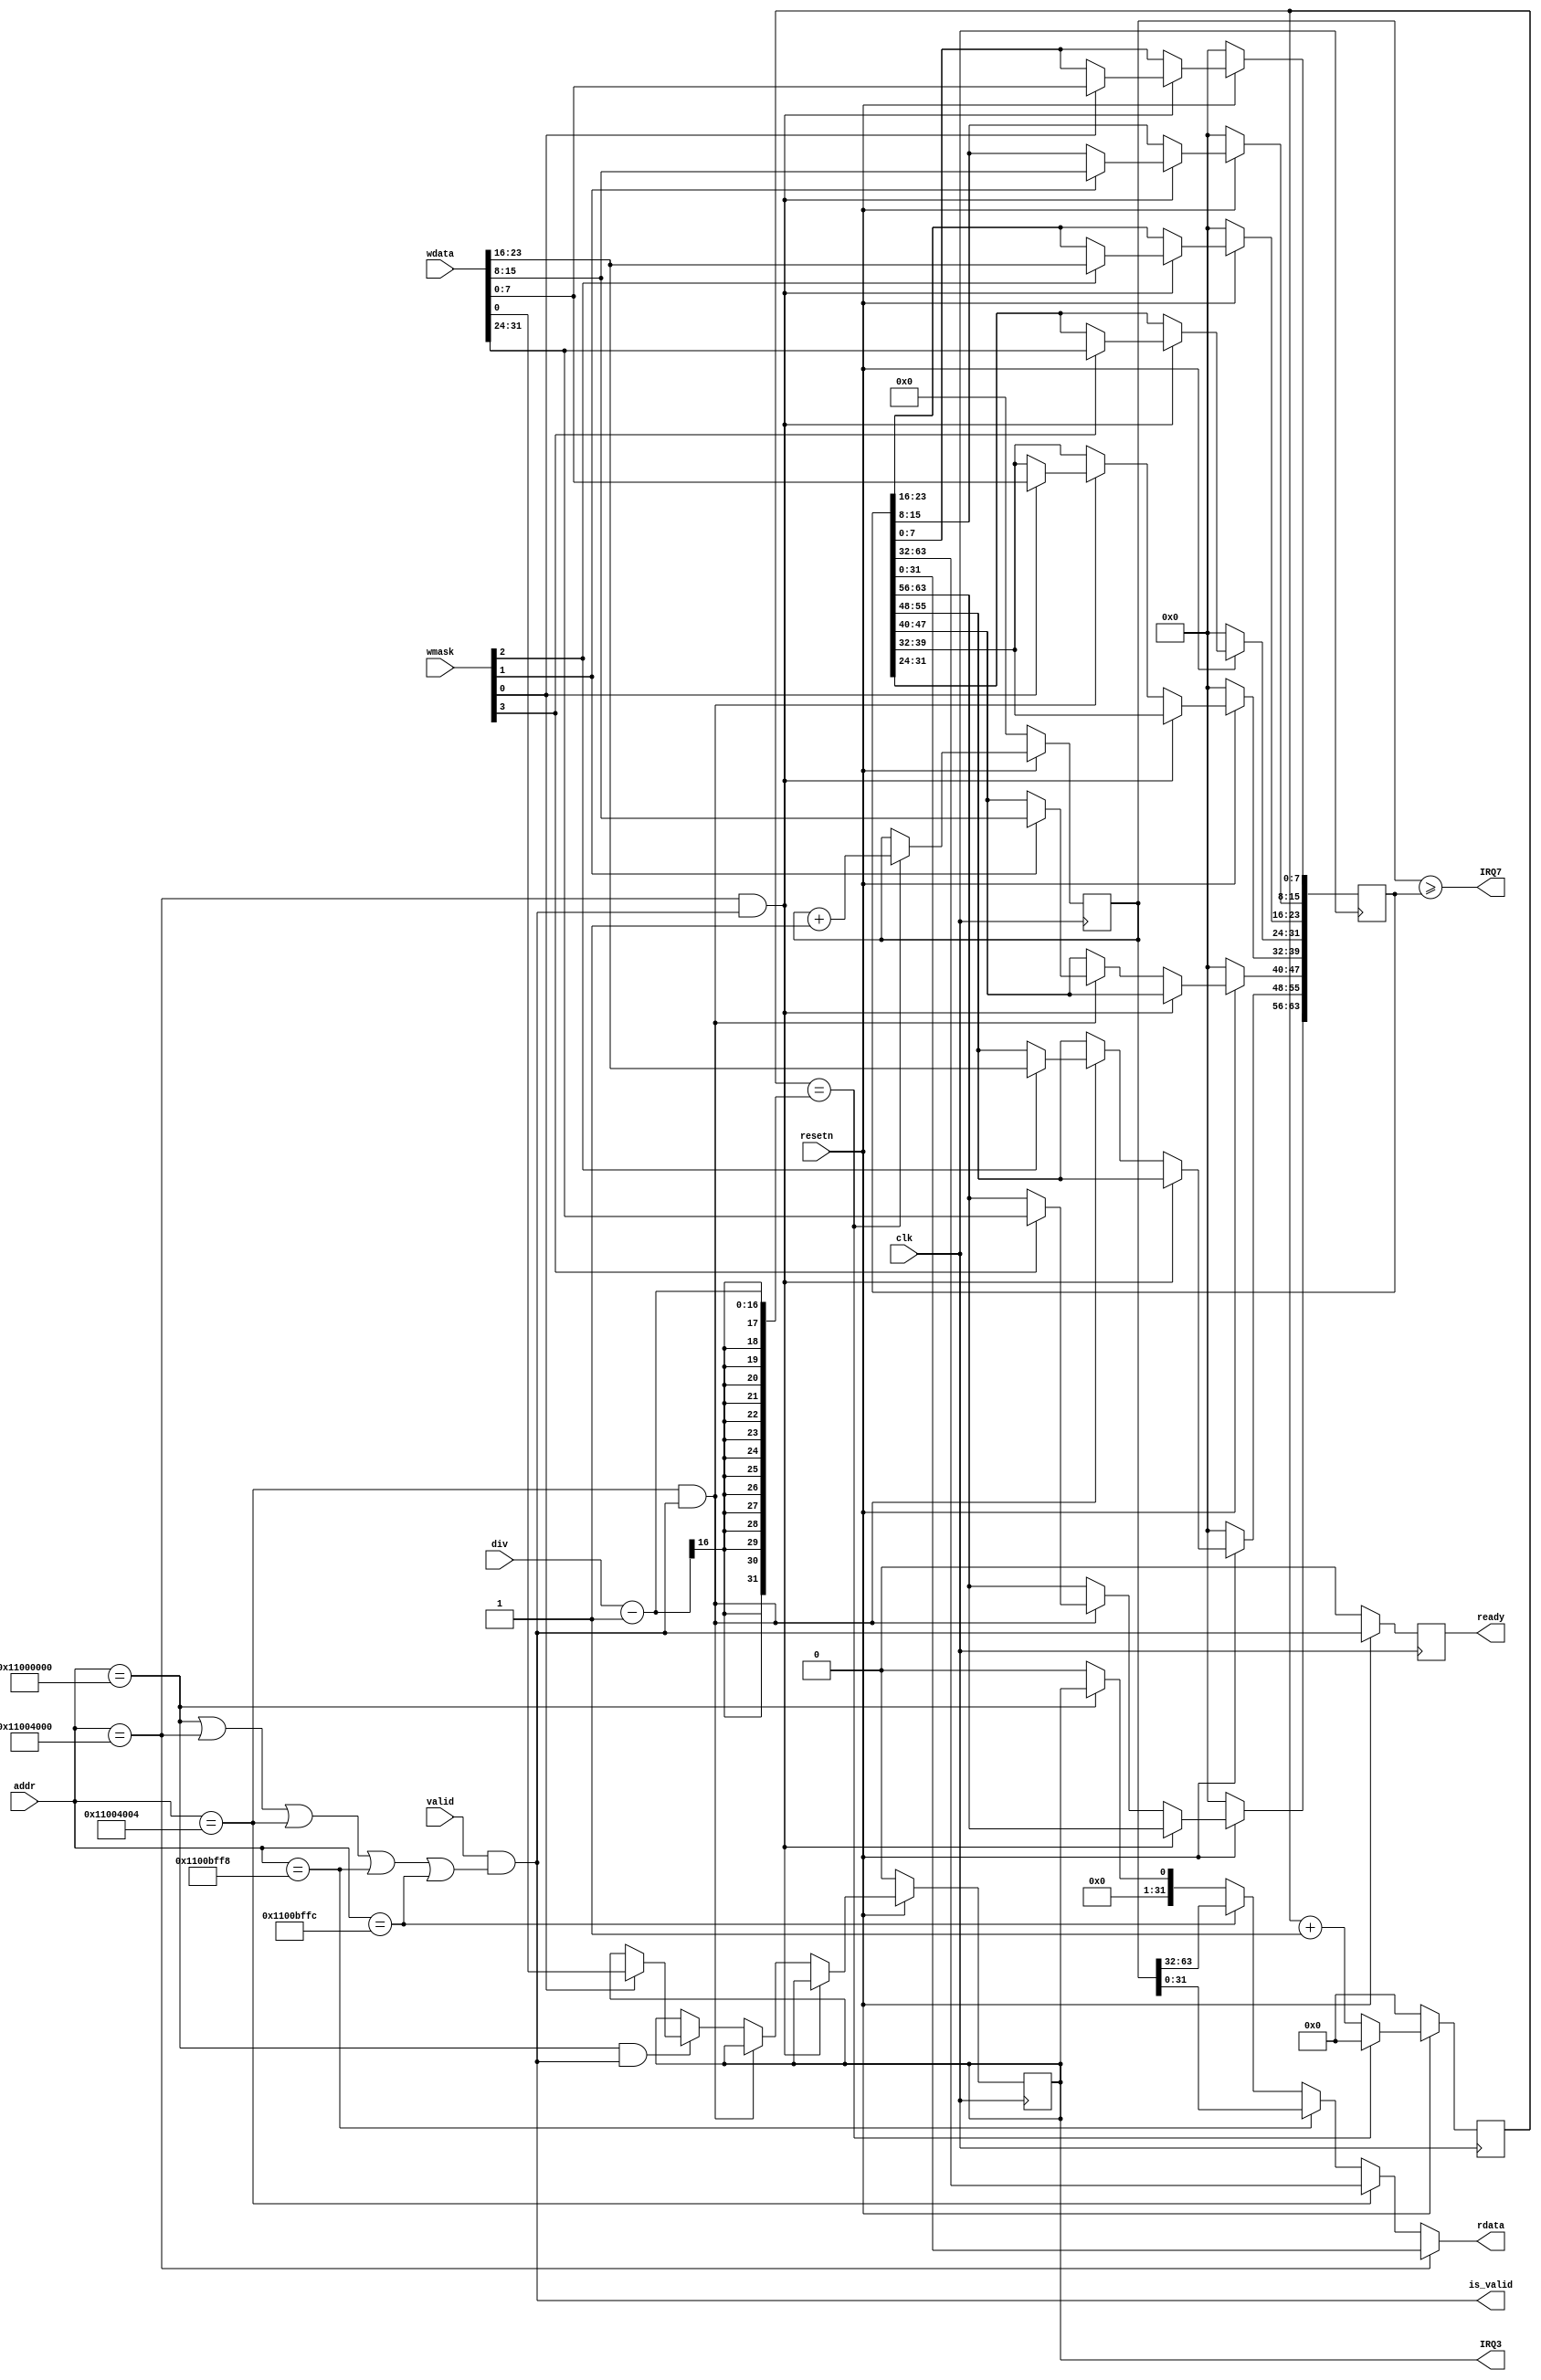
/*
 *  kianv.v - a simple RISC-V rv32ima
 *
 *  copyright (c) 2023 hirosh dabui <hirosh@dabui.de>
 *
 *  permission to use, copy, modify, and/or distribute this software for any
 *  purpose with or without fee is hereby granted, provided that the above
 *  copyright notice and this permission notice appear in all copies.
 *
 *  the software is provided "as is" and the author disclaims all warranties
 *  with regard to this software including all implied warranties of
 *  merchantability and fitness. in no event shall the author be liable for
 *  any special, direct, indirect, or consequential damages or any damages
 *  whatsoever resulting from loss of use, data or profits, whether in an
 *  action of contract, negligence or other tortious action, arising out of
 *  or in connection with the use or performance of this software.
 *
 */
`default_nettype none
module clint (
    input wire clk,
    input wire resetn,
    input wire valid,
    input wire [31:0] addr,
    input wire [3:0] wmask,
    input wire [31:0] wdata,
    input wire [15:0] div,
    output reg [31:0] rdata,
    output wire is_valid,
    output reg ready,
    output wire IRQ3,
    output wire IRQ7
);

  wire is_msip = (addr == 32'h1100_0000);
  wire is_mtimecmpl = (addr == 32'h1100_4000);
  wire is_mtimecmph = (addr == 32'h1100_4004);
  wire is_mtimeh = (addr == 32'h1100_bffc);
  wire is_mtimel = (addr == 32'h1100_bff8);

  assign is_valid = valid && (is_msip || is_mtimecmpl || is_mtimecmph || is_mtimel || is_mtimeh);
  always @(posedge clk) ready <= !resetn ? 1'b0 : is_valid;

  reg [63:0] mtime;

  wire is_we = |wmask;

  reg [63:0] mtimecmp;
  reg msip;

  always @(posedge clk)
    if (!resetn) begin
      mtimecmp <= 0;
      msip <= 0;
    end else if (is_mtimecmpl && is_valid) begin
      if (wmask[0]) mtimecmp[7:0] <= wdata[7:0];
      if (wmask[1]) mtimecmp[15:8] <= wdata[15:8];
      if (wmask[2]) mtimecmp[23:16] <= wdata[23:16];
      if (wmask[3]) mtimecmp[31:24] <= wdata[31:24];
    end else if (is_mtimecmph && is_valid) begin
      if (wmask[0]) mtimecmp[39:32] <= wdata[7:0];
      if (wmask[1]) mtimecmp[47:40] <= wdata[15:8];
      if (wmask[2]) mtimecmp[55:48] <= wdata[23:16];
      if (wmask[3]) mtimecmp[63:56] <= wdata[31:24];
    end else if (is_msip && is_valid) begin
      if (wmask[0]) msip <= wdata[0];
    end

  always @(*) begin
    case (1'b1)
      is_mtimecmpl: rdata = mtimecmp[31:0];
      is_mtimecmph: rdata = mtimecmp[63:32];
      is_mtimel:    rdata = mtime[31:0];
      is_mtimeh:    rdata = mtime[63:32];
      is_msip:      rdata = {31'b0, msip};
      default:      rdata = 0;
    endcase
  end


  reg [17:0] tick_cnt;
  wire tick = tick_cnt == ({2'b0, div} - 1);
  always @(posedge clk) begin
    if (!resetn) begin
      tick_cnt <= 0;
    end else begin
      if (tick) begin
        tick_cnt <= 0;
      end else begin
        tick_cnt <= tick_cnt + 1;
      end
    end
  end

  always @(posedge clk) mtime <= !resetn ? 0 : (tick) ? mtime + 1 : mtime;

  assign IRQ3 = msip;
  assign IRQ7 = (mtime >= mtimecmp);

endmodule